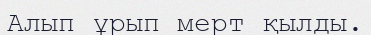
Алып ұрып мерт қылды.